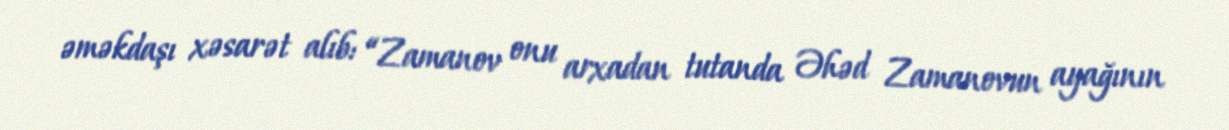
əməkdaşı xəsarət alıb: “Zamanov onu arxadan tutanda Əhəd Zamanovun ayağının